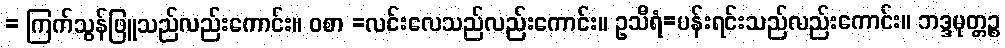
= ကြက်သွန်ဖြူသည်လည်းကောင်း။ ဝစာ =လင်းလေသည်လည်းကောင်း။ ဥသီရံ=ပန်းရင်းသည်လည်းကောင်း။ ဘဒ္ဒမုတ္တဉ္စ